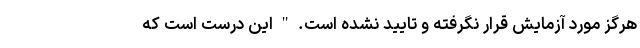
هرگز مورد آزمایش قرار نگرفته و تایید نشده است. " این درست است که